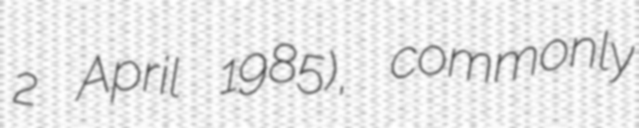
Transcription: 2 April 1985), commonly